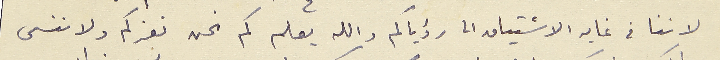
لاننا في غايه الاشتياق الى رؤياكم والله يعلم كم نحن نعزكم ولا ننسى